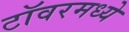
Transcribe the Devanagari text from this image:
टॉवरमध्ये